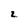
Character: 2